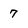
Character: 7